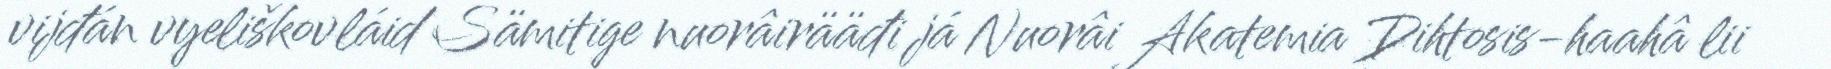
vijđán vyeliškovláid Sämitige nuorâirääđi já Nuorâi Akatemia Dihtosis-haahâ lii